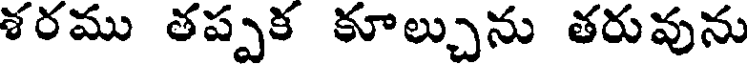
శరము తప్పక కూల్చును తరువును